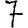
Digit: 7